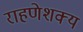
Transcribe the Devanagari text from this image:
राहणेशक्य